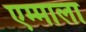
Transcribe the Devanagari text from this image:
एम्माला